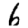
Digit: 6